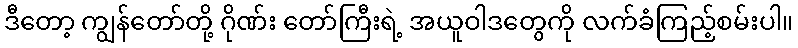
ဒီတော့ ကျွန်တော်တို့ ဂိုဏ်း တော်ကြီးရဲ့ အယူဝါဒတွေကို လက်ခံကြည့်စမ်းပါ။